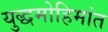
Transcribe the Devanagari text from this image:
युद्धमोहिमांत